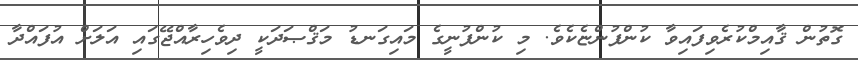
ގޮތުން ޤާއިމްކުރެވިފައިވާ ކުންފުންޏެކެވެ. މި ކުންފުނީގެ މައިގަނޑު މަޤްޞަދަކީ ދިވެހިރާއްޖޭގައި އަލަށް އުފައްދާ